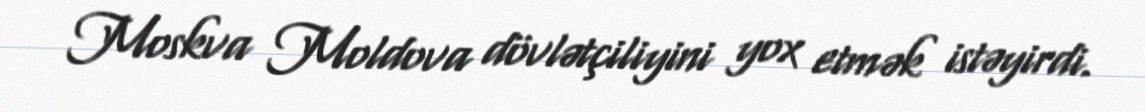
Moskva Moldova dövlətçiliyini yox etmək istəyirdi.